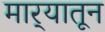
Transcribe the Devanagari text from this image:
मार्‍यातून